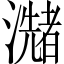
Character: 𤂩